Civil Veterinary Dept. Bombay admin report 1900-1906 - 1900-1906
Year: 1900
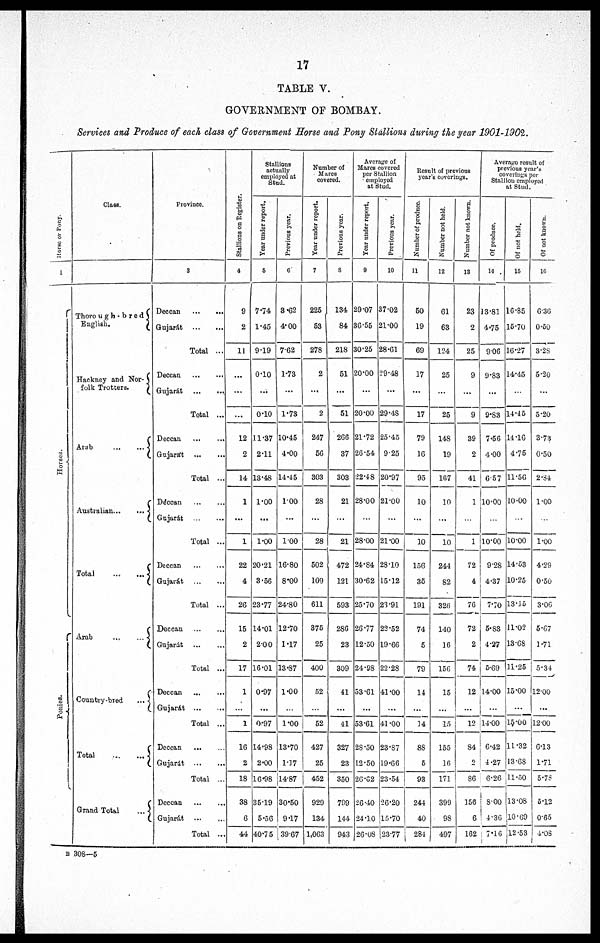
17
TABLE V.
GOVERNMENT OF BOMBAY.
Services and Produce of each class of Government Horse and Pony Stallions during the year 1901-1902.
Horse or Pony.
1
Horses.
Ponies.
Class.
Thorouh-bred
English.
Hackney and Nor¬
folk Trotters.
Arab
...
...
Australian ...
...
Total
...
...
Arab
...
...
Country-bred
...
Total
...
...
Grand Total
...
Province.
3
Deccan
...
...
Gujarát ... ...
Total ...
Deccan
...
...
Gujarát
...
...
Total ...
Deccan
...
...
Gujarát
... ...
Total ...
Deccan
...
...
Gujarát ... ...
Total ...
Deccan ... ...
Gujarát
...
...
Total ...
Deccan
...
...
Gujarát
...
...
Total ...
Deccan
...
...
Gujarát
...
...
Total ...
Deccan
...
...
Gujarát
...
...
Total ...
Deccan
...
...
Gujarát
...
...
Total ...
St al l
i
ons on Regi s t
er .
4
9
2
11
...
...
...
12
2
14
1
...
1
22
4
26
15
2
17
1
...
1
16
2
18
38
6
44
Stallions
actually
employed at
Stud.
Year under report.
5
7.74
1.45
9.19
0.10
...
0.10
11.37
2.11
13.48
1.00
...
1.00
20.21
3.56
23.77
14.01
2.00
16.01
0.97
...
0.97
14.98
2.00
16.98
35.19
5.56
40.75
Previous year.
6
3.62
4.00
7.62
1.73
...
1.73
10.45
4.00
14.45
1.00
...
1.00
16.80
8.00
24.80
12.70
1.17
13.87
1.00
...
1.00
13.70
1.17
14.87
30.50
9.17
39.67
Number of
Mares
covered.
Year under report.
7
225
53
278
2
...
2
247
56
303
28
...
28
502
109
611
375
25
400
52
...
52
427
25
452
929
134
1,063
Previous year.
8
134
84
218
51
...
51
266
37
303
21
...
21
472
121
593
286
23
309
41
...
41
327
23
350
799
144
943
Average of
Mares covered
per Stallion
employed
at Stud.
Year under report.
9
29.07
36.55
30.25
20.00
...
20.00
21.72
26.54
22.48
28.00
...
28.00
24.84
30.62
25.70
26.77
12.50
24.98
53.61
...
53.61
28.50
12.50
26.62
26.40
24.10
26.08
Previous year.
10
37.02
21.00
28.61
29.48
...
29.48
25.45
9.25
20.97
21.00
...
21.00
28.10
15.12
23.91
22.52
19.66
22.28
41.00
...
41.00
23.87
19.66
23.54
26.20
15.70
23.77
Result of previous
year's coverings.
Number of produce.
11
50
19
69
17
...
17
79
16
95
10
...
10
156
35
191
74
5
79
14
...
14
88
5
93
244
40
284
Number not held.
12
61
63
124
25
...
25
148
19
167
10
...
10
244
82
326
140
16
156
15
...
15
155
16
171
399
98
497
Number not known.
13
23
2
25
9
...
9
39
2
41
1
...
1
72
4
76
72
2
74
12
...
12
84
2
86
156
6
162
Average result of
previous year's
coverings per
Stallion employed
at Stud.
Of produce.
14
13.81
4.75
9.06
9.83
...
9.83
7.56
4.00
6.57
10.00
...
10.00
9.28
4.37
7.70
5.83
4.27
5.69
14.00
...
14.00
6.42
4.27
6.26
8.00
4.36
7.16
Of not held.
15
16.85
15.70
16.27
14.45
...
14.45
14.16
4.75
11.56
10.00
10.00
14.53
10.25
13.15
11.02
13.68
11.25
15.00
...
15.00
11.32
13.68
11.50
13.08
10.69
12.53
Of not known.
16
6.36
0.50
3.28
5.20
...
5.20
3.73
0.50
2.84
1.00
1.00
4.29
0.50
3.06
5.67
1.71
5.34
12.00
...
12.00
6.13
1.71
5.78
5.12
0.65
4.08
B 308—5